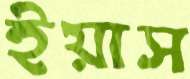
ইয়াস